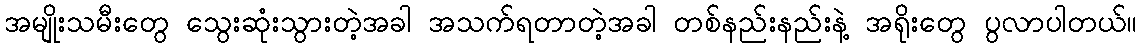
အမျိုးသမီးတွေ သွေးဆုံးသွားတဲ့အခါ အသက်ရတာတဲ့အခါ တစ်နည်းနည်းနဲ့ အရိုးတွေ ပွလာပါတယ်။